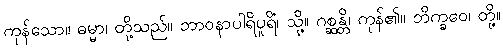
ကုန်သော။ ဓမ္မာ၊ တို့သည်။ ဘာဝနာပါရိပူရိံ၊ သို့။ ဂစ္ဆန္တိ၊ ကုန်၏။ ဘိက္ခဝေ၊ တို့။